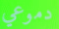
دموعي